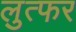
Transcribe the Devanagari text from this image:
लुत्फर